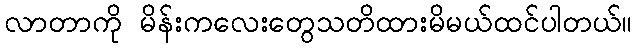
လာတာကို မိန်းကလေးတွေသတိထားမိမယ်ထင်ပါတယ်။